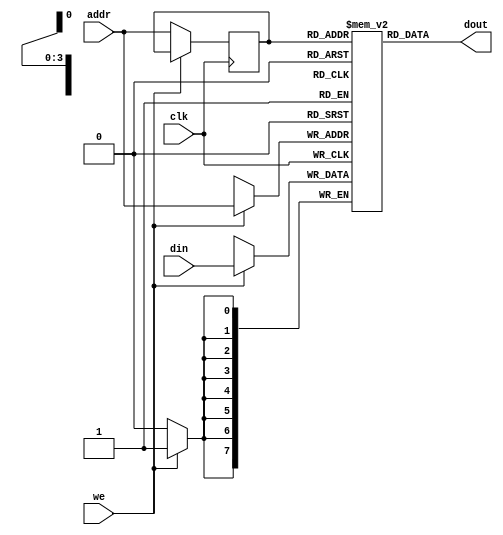

module sram #(
    parameter ADDR_WIDTH = 4,
    parameter DATA_WIDTH = 8
) (
    input clk,
    input [ADDR_WIDTH-1:0] addr,
    input [DATA_WIDTH-1:0] din, 
    input we,
    output [DATA_WIDTH-1:0] dout
);

    reg [DATA_WIDTH-1:0] mem_r [0:2**ADDR_WIDTH-1];
    reg [ADDR_WIDTH-1:0] addr_r;

    wire re = !we;

    always @(posedge clk) begin
        if(re) begin
            addr_r <= addr;
        end
    end

    assign dout = mem_r[addr_r];

    always @(posedge clk) begin
        if (we) begin
            mem_r[addr] <= din;
        end
    end

endmodule